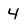
Character: 4